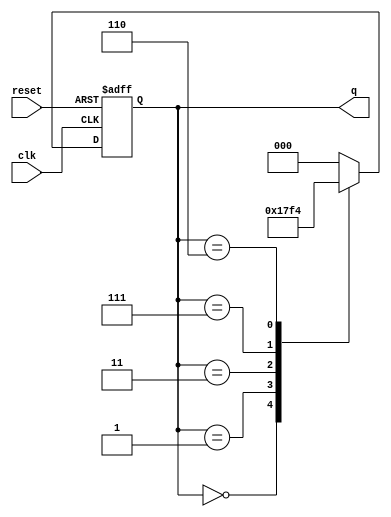
module JohnsonCounter (
    input wire clk,       // Clock signal
    input wire reset,     // Asynchronous reset signal
    output reg [2:0] q    // 3-bit output representing the state
);

// State encoding for a 3-bit Johnson counter
// The states are: 000, 001, 011, 111, 110, 100
localparam STATE_0 = 3'b000;
localparam STATE_1 = 3'b001;
localparam STATE_2 = 3'b011;
localparam STATE_3 = 3'b111;
localparam STATE_4 = 3'b110;
localparam STATE_5 = 3'b100;

// State transition logic
always @(posedge clk or posedge reset) begin
    if (reset) begin
        // Asynchronous reset to state 000
        q <= STATE_0;
    end else begin
        // State transition logic for Johnson counter
        case (q)
            STATE_0: q <= STATE_1;
            STATE_1: q <= STATE_2;
            STATE_2: q <= STATE_3;
            STATE_3: q <= STATE_4;
            STATE_4: q <= STATE_5;
            STATE_5: q <= STATE_0;
            default: q <= STATE_0; // Default case for safety
        endcase
    end
end

endmodule